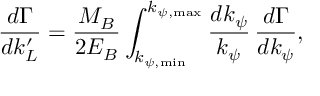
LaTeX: \frac { d \Gamma } { d k _ { L } ^ { \prime } } = \frac { M _ { B } } { 2 E _ { B } } \int _ { k _ { \psi , \mathrm { m i n } } } ^ { k _ { \psi , \mathrm { m a x } } } \frac { d k _ { \psi } } { k _ { \psi } } \, \frac { d \Gamma } { d k _ { \psi } } ,